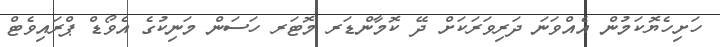
ހަށިހެޔޮކަމުން އެއްވަނަ ދަރިވަރަކަށް ދޭ ކޮމާންޑަރ މޮޓަރ ހަސަން މަނިކުގެ އެވޯޑް ޕްރައިވެޓް